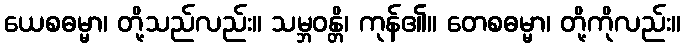
ယေစဓမ္မာ၊ တို့သည်လည်း။ သမ္ဘဝန္တိ၊ ကုန်၏။ တေစဓမ္မာ၊ တို့ကိုလည်း။